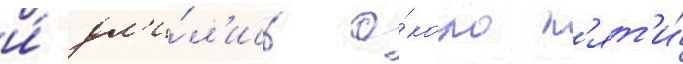
и́ дл'и́л'ись о́коло п'ят'и́